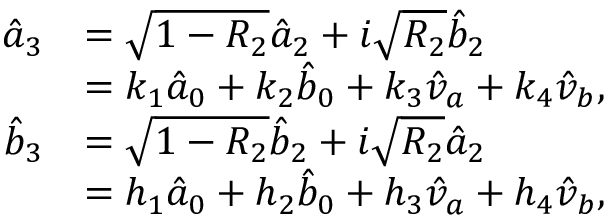
\begin{array} { r l r } { \hat { a } _ { 3 } } & { = \sqrt { 1 - R _ { 2 } } \hat { a } _ { 2 } + i \sqrt { R _ { 2 } } \hat { b } _ { 2 } } & \\ & { = k _ { 1 } \hat { a } _ { 0 } + k _ { 2 } \hat { b } _ { 0 } + k _ { 3 } \hat { v } _ { a } + k _ { 4 } \hat { v } _ { b } , } & \\ { \hat { b } _ { 3 } } & { = \sqrt { 1 - R _ { 2 } } \hat { b } _ { 2 } + i \sqrt { R _ { 2 } } \hat { a } _ { 2 } } & \\ & { = h _ { 1 } \hat { a } _ { 0 } + h _ { 2 } \hat { b } _ { 0 } + h _ { 3 } \hat { v } _ { a } + h _ { 4 } \hat { v } _ { b } , } & \end{array}